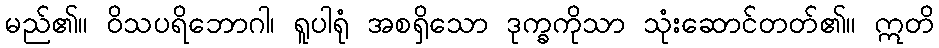
မည်၏။ ဝိသပရိဘောဂါ၊ ရူပါရုံ အစရှိသော ဒုက္ခကိုသာ သုံးဆောင်တတ်၏။ ဣတိ